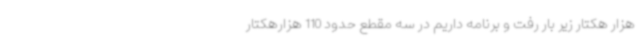
هزار هکتار زیر بار رفت و برنامه داریم در سه مقطع حدود 110 هزارهکتار